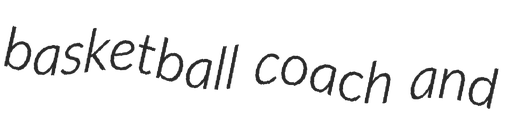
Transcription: basketball coach and